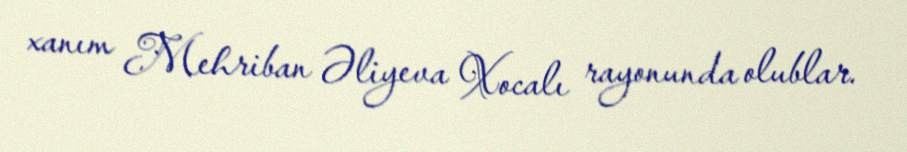
xanım Mehriban Əliyeva Xocalı rayonunda olublar.